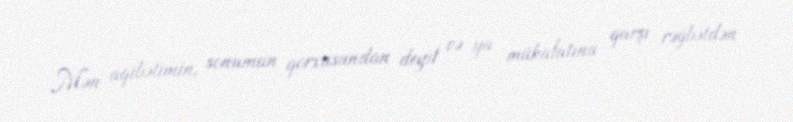
Mən aqibətimin, sonumun qorxusundan deyil və ya mükafatına qarşı rəğbətdən